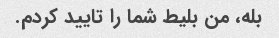
بله، من بلیط شما را تایید کردم.